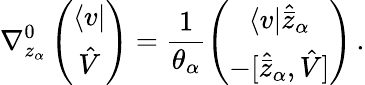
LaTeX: \nabla_{z_{\alpha}}^{0}\left(\begin{array}{c}{{\langle v|}}\\ {{\hat{V}}}\end{array}\right)=\frac{1}{\theta_{\alpha}}\left(\begin{array}{c}{{\langle v|\widehat{\bar{z}}_{\alpha}}}\\ {{-\lbrack\widehat{\bar{z}}_{\alpha},\hat{V}\rbrack}}\end{array}\right)\, .